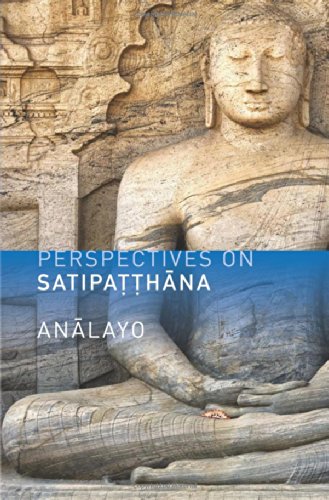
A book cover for Perspectives on Satipatthana; Bhikkhu Analayo; Religion & Spirituality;